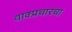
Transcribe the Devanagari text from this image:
वाक्प्रचारचा